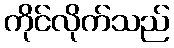
ကိုင်လိုက်သည်